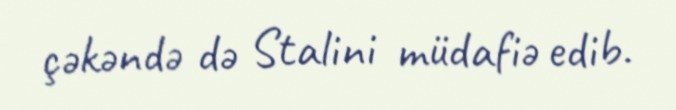
çəkəndə də Stalini müdafiə edib.